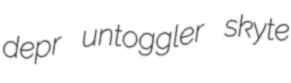
depr untoggler skyte